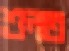
শুনত